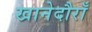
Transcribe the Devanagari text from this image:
खानेदौराँ